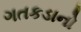
ગતકડાનો